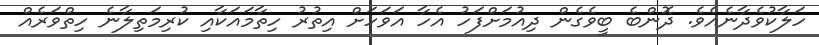
ހަލާކުވެދާނެއެވެ. ދޮންބެ ބީވެގެން ދިއުމަށްފަހު އެހާ އަވަހަށް އިތުރު ހިތާމައަކާއި ކުރިމަތިލާނެ ހިތްވަރެއް